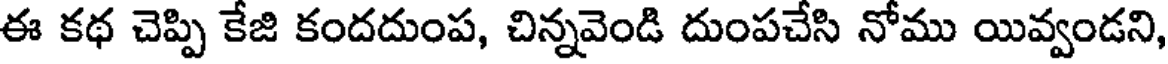
ఈ కథ చెప్పి కేజి కందదుంప, చిన్నవెండి దుంపచేసి నోము యివ్వండని,